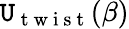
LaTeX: \mathtt{U}_{\mathrm{{~t~w~i~s~t~}}}(\beta)